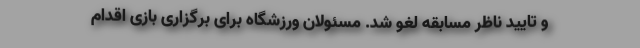
و تایید ناظر مسابقه لغو شد. مسئولان ورزشگاه برای برگزاری بازی اقدام